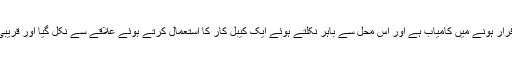
بی جے ، تاہم ، کیسل ولفنسٹین پر واپس جائیں کے ثقب اسود سے فرار ہونے میں کامیاب ہے اور اس محل سے باہر نکلتے ہوئے ایک کیبل کار کا استعمال کرتے ہوئے علاقے سے نکل گیا اور قریبی گاؤں میں جرمن مزاحمت کے ایک ممبر کیسلر سے ملاقات کی۔